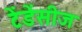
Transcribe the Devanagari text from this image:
टेंडेंसीज